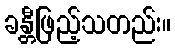
ခန္တီဖြည့်သတည်း။